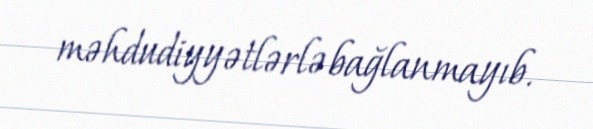
məhdudiyyətlərlə bağlanmayıb.